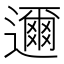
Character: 邇